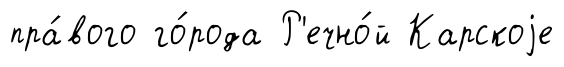
пра́вого го́рода Р'ечно́й Карскоjе